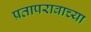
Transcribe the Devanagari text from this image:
प्रतापरावाच्या